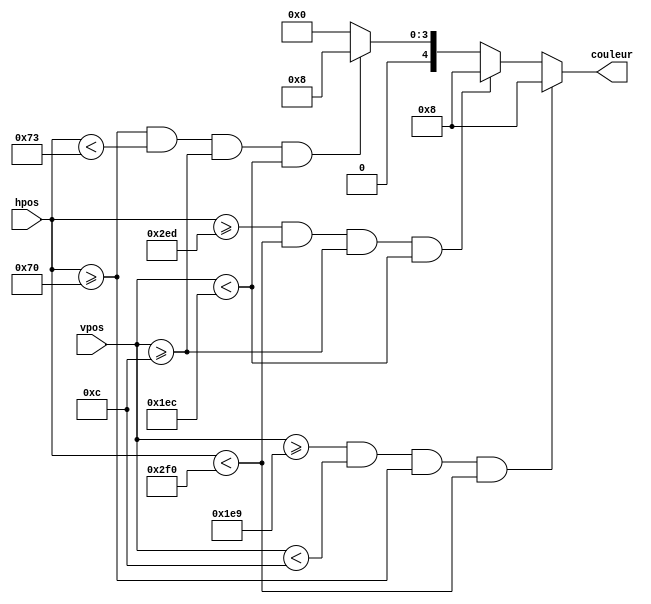
`timescale 1ns / 1ps
//////////////////////////////////////////////////////////////////////////////////
// Company: 
// Engineer: 
// 
// Design Name: 
// Module Name:    Cadre 
// Project Name: 
// Target Devices: 
// Tool versions: 
// Description:  Generate the enclose of the main screan
//                       should test via board directly
//
// Dependencies: 
//
// Revision: 
// Revision 0.01 - File Created
// Additional Comments: 
//
//////////////////////////////////////////////////////////////////////////////////
module Cadre(
    input [10:0] hpos,
    input [10:0] vpos,
    output reg [4:0] couleur
    );
	 
	 localparam HsyncPulseTime=800;
	 //localparam HsyncPulseTime=10;
	 localparam HDisplayTime=640;
	 localparam HVSpulseWidth=96;
	 //localparam HVSpulseWidth=2;
	 localparam HVSfrontPorch=16;
	 localparam HVSbackPorch=48;
	 
	 localparam VsyncPulseTime=521;
	 //localparam VsyncPulseTime=10;
	 localparam VDisplayTime=480;
	 localparam VVSpulseWidth=2;
	 localparam VVSfrontPorch=10;
	 localparam VVSbackPorch=29;
	 
	 // {Rouge0,Vert7,Bleu3}
	 localparam Jaune=2*3 + 2;
	 localparam Blanc=0;
	 localparam EPAISSEUR_CADRE=3;
	 
	 always@(*) begin
		couleur=Blanc;
		if (hpos>=HVSpulseWidth+HVSfrontPorch 
			&& hpos<HVSpulseWidth+HVSfrontPorch+EPAISSEUR_CADRE
			&& vpos>=VVSpulseWidth+VVSfrontPorch
			&& vpos<VVSpulseWidth+VVSfrontPorch+VDisplayTime)
				couleur=Jaune;
		if (hpos>=HVSpulseWidth+HVSfrontPorch+HDisplayTime-EPAISSEUR_CADRE 
			&& hpos<HVSpulseWidth+HVSfrontPorch+HDisplayTime
			&& vpos>=VVSpulseWidth+VVSfrontPorch
			&& vpos<VVSpulseWidth+VVSfrontPorch+VDisplayTime)
				couleur=Jaune;
		if (vpos>=VVSpulseWidth+VVSfrontPorch+VDisplayTime-EPAISSEUR_CADRE
			&& vpos<VVSpulseWidth+VVSfrontPorch
			&& hpos>=HVSpulseWidth+HVSfrontPorch
			&& hpos<HVSpulseWidth+HVSfrontPorch+HDisplayTime)
				couleur=Jaune;
		/*if (vpos>=VVSpulseWidth+VVSfrontPorch+VDisplayTime-EPAISSEUR_CADRE
			&& vpos<VVSpulseWidth+VVSfrontPorch+VDisplayTime
			&& hpos>=HVSpulseWidth+HVSfrontPorch
			&& hpos<HVSpulseWidth+HVSfrontPorch+HDisplayTime)
				couleur=Jaune;*/
	 end

endmodule